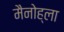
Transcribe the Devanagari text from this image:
मैनोह्ला